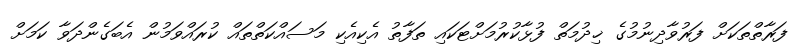
ފަރާތްތަކަށް ފަރުވާދިނުމުގެ ޚިދުމަތް ފުޅާކުރުމަށްޓަކައި ތަފާތު އެކިއެކި މަސައްކަތްތައް ކުރައްވަމުން އެބަގެންދަވާ ކަމަށް